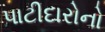
પાટીદારોનો